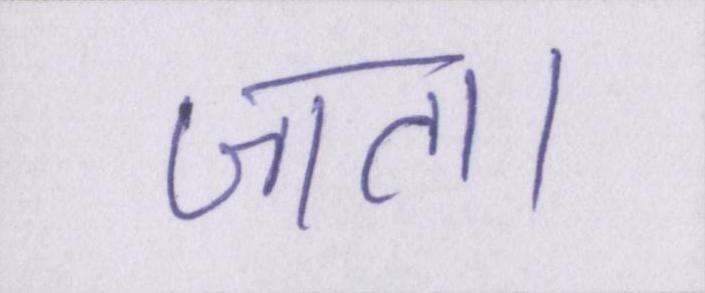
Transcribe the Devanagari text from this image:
जाता।